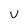
Character: v